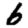
Digit: 6